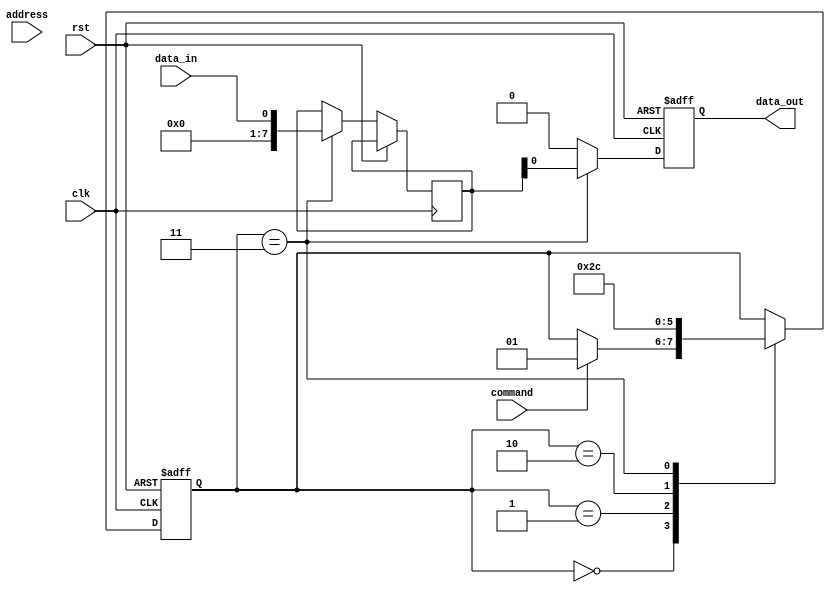
module ddr_sdram (
    input wire clk,
    input wire rst,
    input wire data_in,
    input wire command,
    input wire address,
    output reg data_out
);

reg [1:0] state;
reg [7:0] data_reg;
reg [7:0] address_reg;

// State machine
always @(posedge clk or posedge rst) begin
    if (rst) begin
        state <= 2'b00;
    end else begin
        case (state)
            2'b00: begin // Idle state
                if (command) begin
                    state <= 2'b01; // Command state
                end
            end
            2'b01: begin // Command state
                state <= 2'b10; // Address state
            end
            2'b10: begin // Address state
                state <= 2'b11; // Data transfer state
                address_reg <= address;
            end
            2'b11: begin // Data transfer state
                data_reg <= data_in;
                state <= 2'b00; // Return to idle state
            end
        endcase
    end
end

// Output data flow control
always @(posedge clk or posedge rst) begin
    if (rst) begin
        data_out <= 8'b0;
    end else begin
        if (state == 2'b11) begin
            data_out <= data_reg;
        end else begin
            data_out <= 8'b0;
        end
    end
end

endmodule